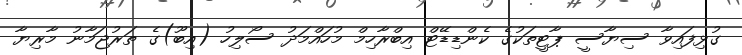
ގުޅިފައިވާ ސިޔާސީ ޕާޓީތަކުގެ ކެންޑިޑޭޓް އިބްރާހިމް މުހައްމަދު ސޯލިހު (އިބޫ)ގެ ތަރުޖަމާނު މާރިޔާ